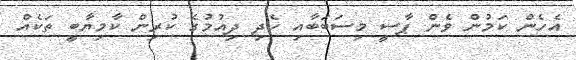
އެހެން ކަމުން ވެން ޕާސީ މިސަބަބާއި ހެދި ދިއުމުގެ ކުރިން ކާމިޔާބީ ތަކެއް